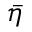
\bar { \eta }